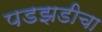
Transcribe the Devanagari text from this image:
पडझडीचा